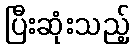
ပြီးဆုံးသည့်